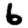
Digit: 6